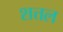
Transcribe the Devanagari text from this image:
शत्तल